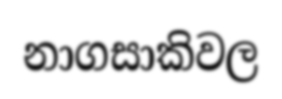
නාගසාකිවල